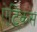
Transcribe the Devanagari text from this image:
ऐट्किंस